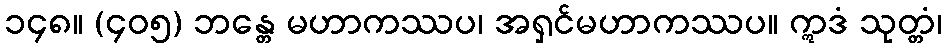
၁၄၈။ (၄၀၅) ဘန္တေ မဟာကဿပ၊ အရှင်မဟာကဿပ။ ဣဒံ သုတ္တံ၊